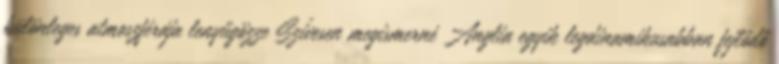
különleges atmoszférája lenyűgözze Szívesen megismerné Anglia egyik legdinamikusabban fejlődő